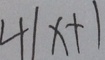
4 1 x + 1